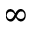
\infty